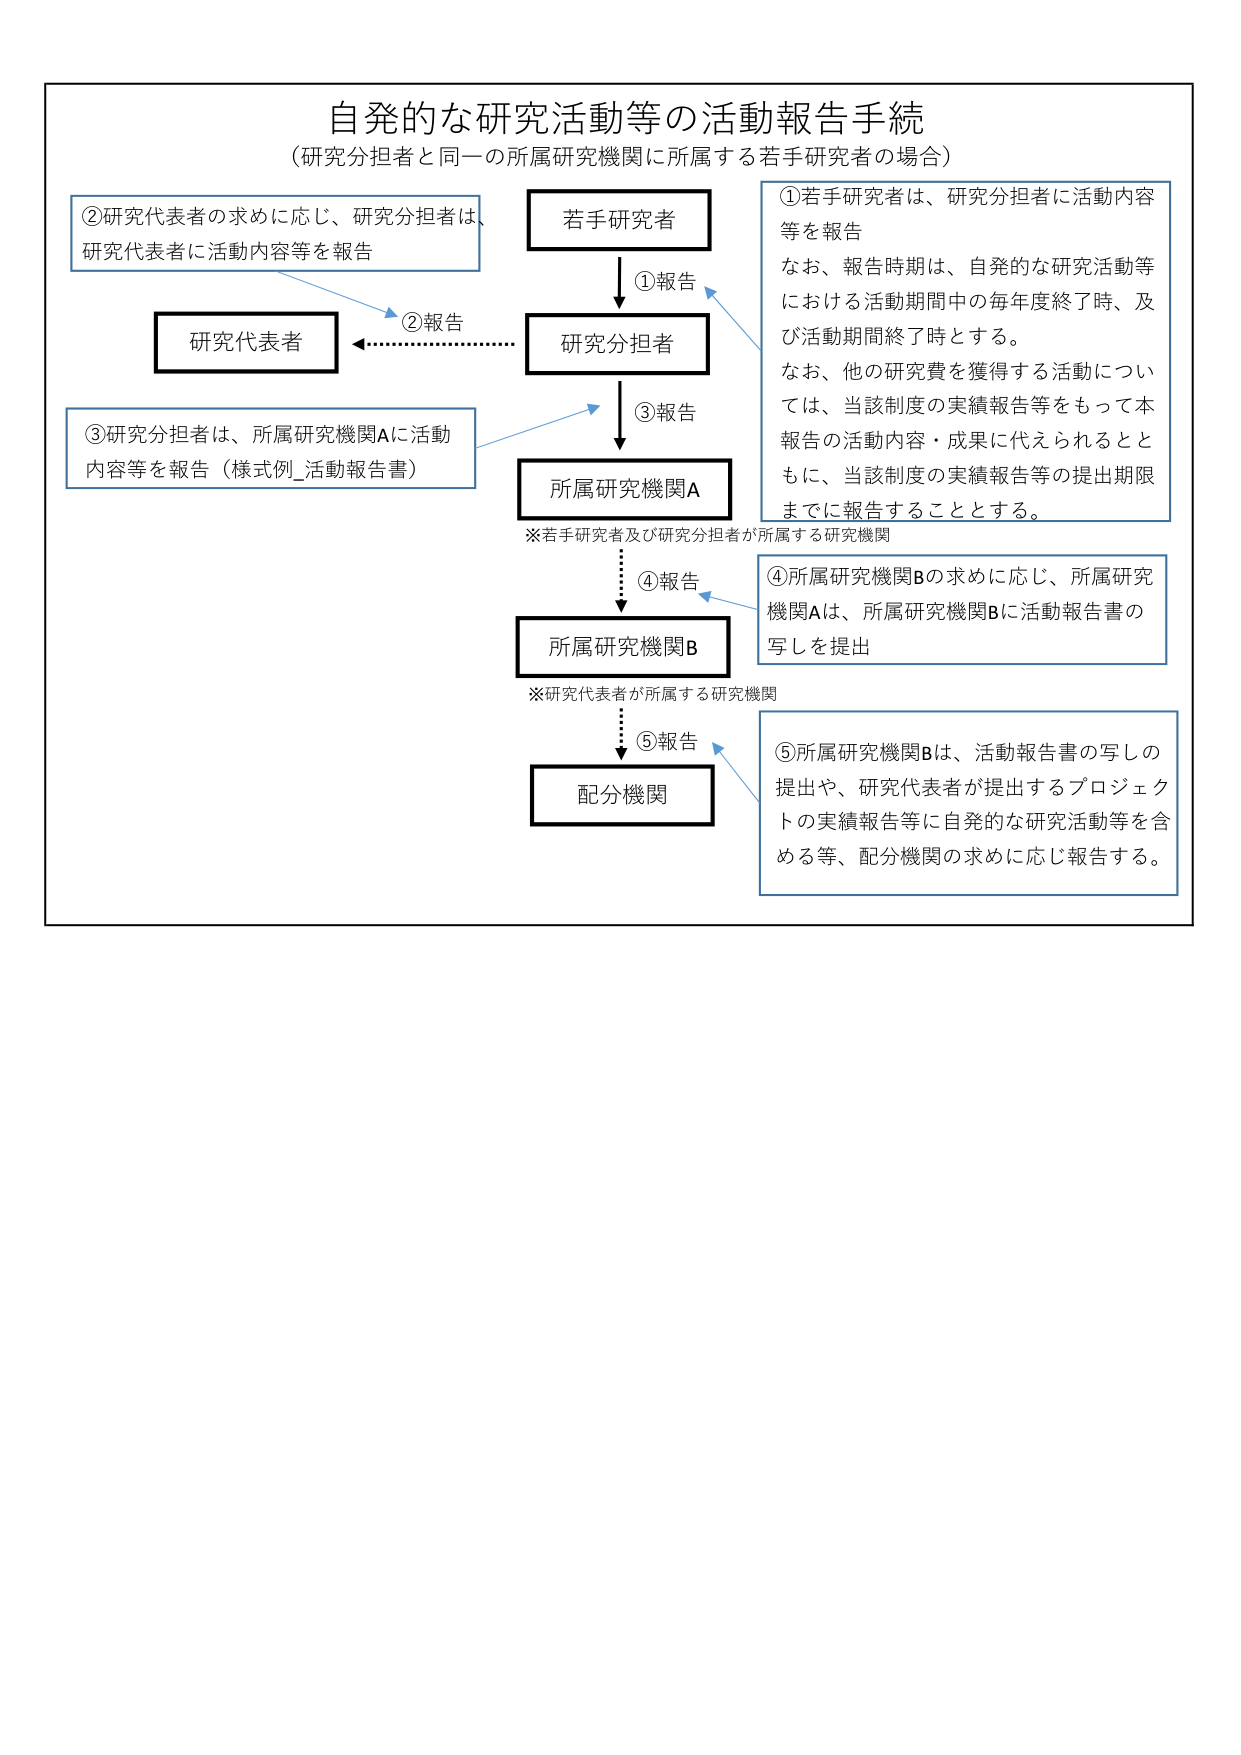
自発的な研究活動等の活動報告手続
（研究分担者と同一の所属研究機関に所属する若手研究者の場合）

①若手研究者は、研究分担者に活動内容等を報告
　なお、報告時期は、自発的な研究活動等における活動期間中の毎年度終了時、及び活動期間終了時とする。
　なお、他の研究費を獲得する活動については、当該制度の実績報告等をもって本報告の活動内容・成果に代えられるとともに、当該制度の実績報告等の提出期限までに報告することとする。

②研究代表者の求めに応じ、研究分担者は、研究代表者に活動内容等を報告

③研究分担者は、所属研究機関Aに活動内容等を報告（様式例_活動報告書）

④所属研究機関Bの求めに応じ、所属研究機関Aは、所属研究機関Bに活動報告書の写しを提出

⑤所属研究機関Bは、活動報告書の写しの提出や、研究代表者が提出するプロジェクトの実績報告等に自発的な研究活動等を含める等、配分機関の求めに応じ報告する。

※若手研究者及び研究分担者が所属する研究機関
※研究代表者が所属する研究機関

若手研究者
↓①報告
研究分担者
↓③報告
所属研究機関A
↓④報告
所属研究機関B
↓⑤報告
配分機関

研究代表者
←②報告（破線）